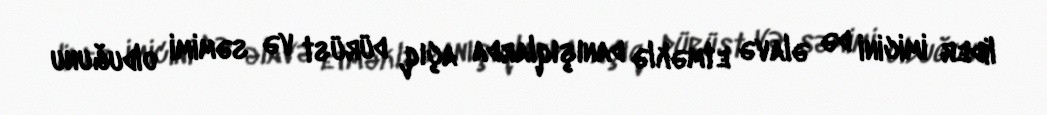
lider imicini də əlavə etməklə danışıqlarda açıq, dürüst və səmimi olduğunu